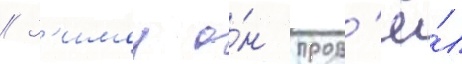
// З'имои о́н пров'ё́л